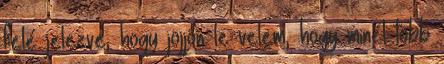
felé jelezve, hogy jöjjön le velem, hogy minél több